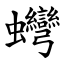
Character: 䘎